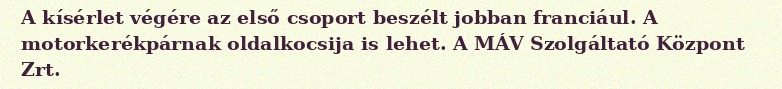
A kísérlet végére az első csoport beszélt jobban franciául. A motorkerékpárnak oldalkocsija is lehet. A MÁV Szolgáltató Központ Zrt.